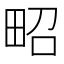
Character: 𤱠